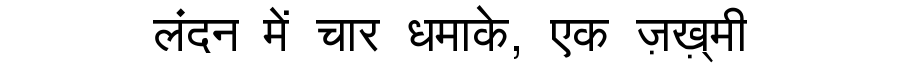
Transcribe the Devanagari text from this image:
लंदन में चार धमाके, एक ज़ख़्मी